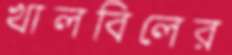
খালবিলের